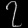
Digit: ၇